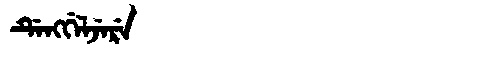
Manchu: ᡩᡝᠩᡤᡝᠯᠵᡝᡵᡝ
Romanization: DENGGELJERE